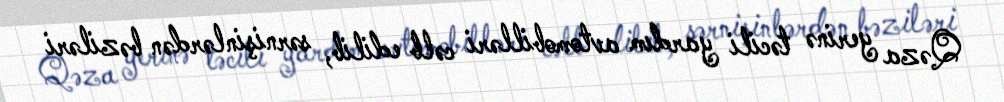
Qəza yerinə təcili yardım avtomobilləri cəlb edilib, sərnişinlərdən bəziləri